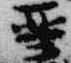
聖